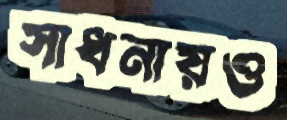
সাধনায়ও